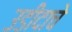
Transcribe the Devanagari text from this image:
उडीदाचे